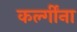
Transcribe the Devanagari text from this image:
कर्ल्गींना